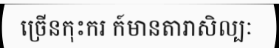
ច្រើនកុះករ ក៍មានតារាសិល្បៈ